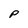
Character: P